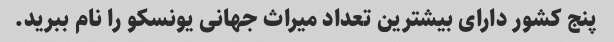
پنج کشور دارای بیشترین تعداد میراث جهانی یونسکو را نام ببرید.